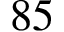
8 5